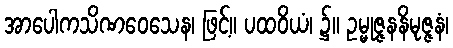
အာပေါကသိဏဝေသေန၊ ဖြင့်။ ပထဝိယံ၊ ၌။ ဥမ္မုဇ္ဇနနိမုဇ္ဇနံ၊